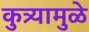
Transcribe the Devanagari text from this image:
कुत्र्यामुळे